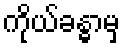
ကိုယ်ခန္ဓာမှ